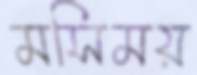
মসিময়